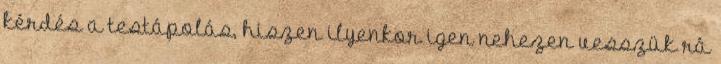
kérdés a testápolás, hiszen ilyenkor igen nehezen vesszük rá